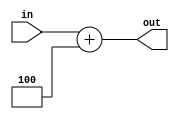
module PC ( in, out);

	 input [31:0] in; 
	 
	 output reg [31:0] out;
	
	 // setup output	
	 always @(*) begin 
		 out <= in + 32'b0000000000000000000000000000100;
	 end
	
endmodule